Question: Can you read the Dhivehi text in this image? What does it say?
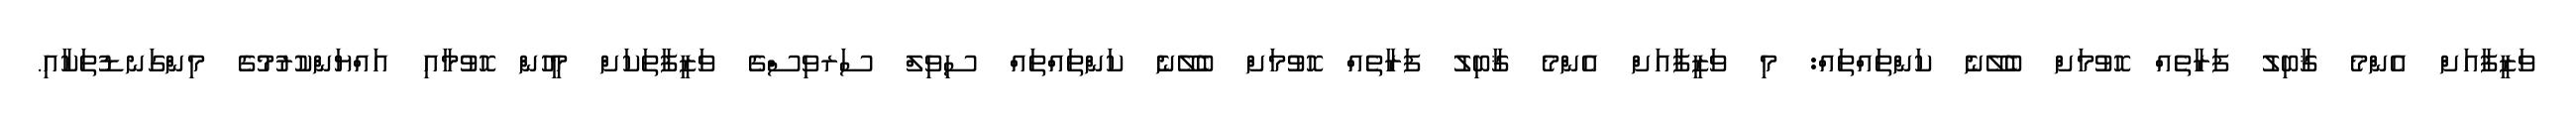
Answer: ވަޒީފާއަށް އެންމެ ޤާބިލު ފަރާތެއް ހޮވުމަށް ބެލޭނެ ކަންތައްތައް: މި ވަޒީފާއަށް އެންމެ ޤާބިލު ފަރާތެއް ހޮވުމަށް ބެލޭނެ ކަންތައްތައް ސިވިލް ސަރވިސްގެ ވަޒީފާތަކަށް މީހުން ހޮވުމާއި އައްޔަންކުރުމުގެ މިންގަނޑުތަކާއި.